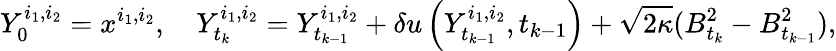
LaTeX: Y_{0}^{i_{1},i_{2}}=x^{i_{1},i_{2}},\quad Y_{t_{k}}^{i_{1},i_{2}}=Y_{t_{k-1}}^{i_{1},i_{2}}+\delta u\left(Y_{t_{k-1}}^{i_{1},i_{2}},t_{k-1}\right)+\sqrt{2\kappa}(B_{t_{k}}^{2}-B_{t_{k-1}}^{2}),